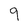
Character: 9